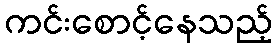
ကင်းစောင့်နေသည့်